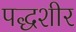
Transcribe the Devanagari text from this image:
पद्धशीर